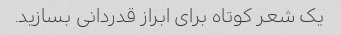
یک شعر کوتاه برای ابراز قدردانی بسازید.